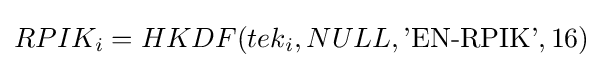
RPIK_{i}=HKDF(tek_{i},NULL,{\text{'EN-RPIK'}},16)